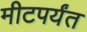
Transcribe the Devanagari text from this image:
मीटपर्यंत